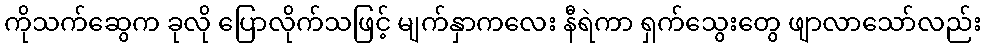
ကိုသက်ဆွေက ခုလို ပြောလိုက်သဖြင့် မျက်နှာကလေး နီရဲကာ ရှက်သွေးတွေ ဖျာလာသော်လည်း